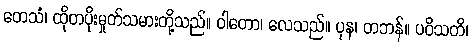
တေသံ၊ ထိုတပိုးမှုတ်သမားတို့သည်။ ဝါတော၊ လေသည်။ ပုန၊ တဘန်။ ပဝိသတိ၊